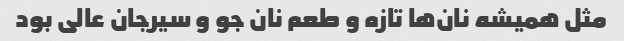
مثل همیشه نان‌ها تازه و طعم نان جو و سیرجان عالی بود